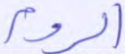
الروم